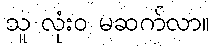
သူ လုံးဝ မဆက်လာ။